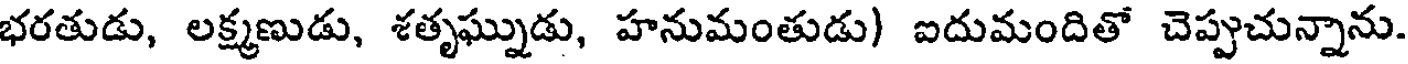
భరతుడు, లక్ష్మణుడు, శతృఘ్నుడు, హనుమంతుడు) ఐదుమందితో చెప్పుచున్నాను.